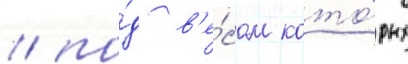
/ по́д в'е́сом кото́рых